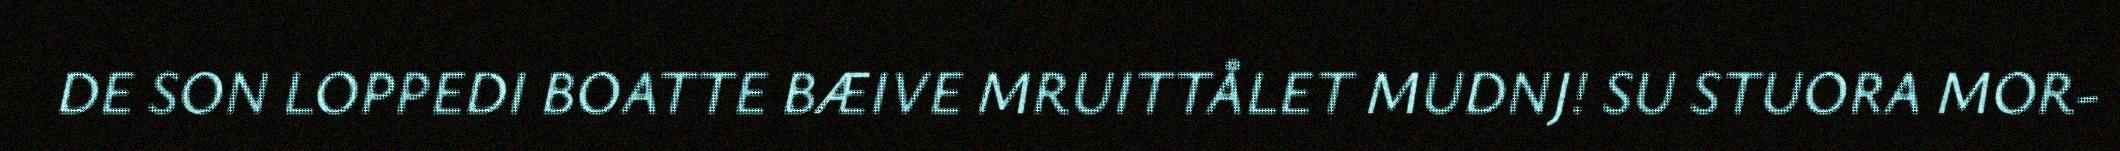
DE SON LOPPEDI BOATTE BÆIVE MRUITTÅLET MUDNJ! SU STUORA MOR-